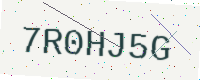
Text: 7R0HJ5G